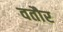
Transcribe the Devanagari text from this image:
वतौर